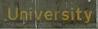
university